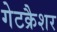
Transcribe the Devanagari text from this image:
गेटक्रैशर